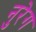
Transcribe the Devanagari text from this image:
नुरेग